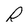
Character: R